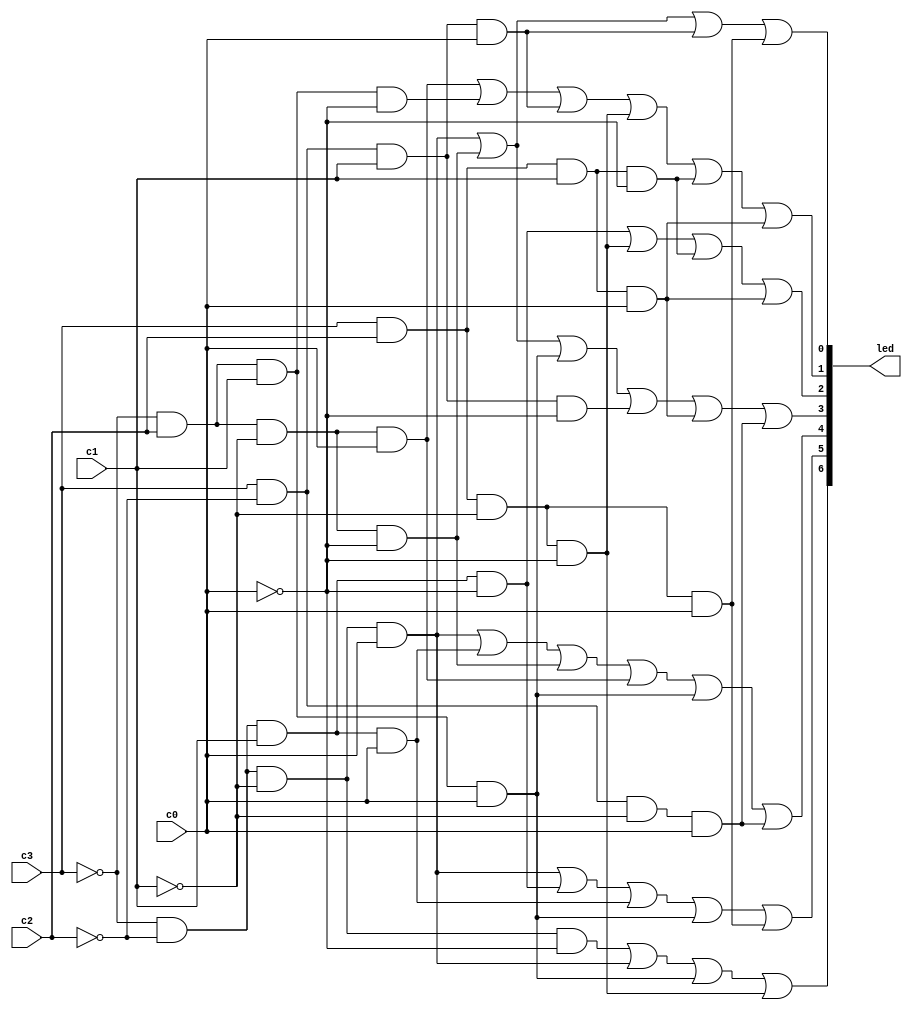
`timescale 1ns / 1ns // `timescale time_unit/time_precision
module seg7(input c3, c2, c1, c0, output [6:0]led);
	assign led[0] = (~c3&~c2&~c1&c0)|(~c3&c2&~c1&~c0)|(c3&~c2&c1&c0)|(c3&c2&~c1&c0);
	assign led[1] = (~c3&c2&~c1&c0)|(~c3&c2&c1&~c0)|(c3&~c2&c1&c0)|(c3&c2&~c1&~c0)|(c3&c2&c1&~c0)|(c3&c2&c1&c0);
	assign led[2] = (~c3&~c2&c1&~c0)|(c3&c2&~c1&~c0)|(c3&c2&c1&~c0)|(c3&c2&c1&c0);
	assign led[3] = (~c3&~c2&~c1&c0)|(~c3&c2&~c1&~c0)|(~c3&c2&c1&c0)|(c3&~c2&c1&~c0)|(c3&c2&c1&c0)|(c3&~c2&~c1&c0);
	assign led[4] = (~c3&~c2&~c1&c0)|(~c3&~c2&c1&c0)|(~c3&c2&~c1&~c0)|(~c3&c2&~c1&c0)|(~c3&c2&c1&c0)|(c3&~c2&~c1&c0);
	assign led[5] = (~c3&~c2&~c1&c0)|(~c3&~c2&c1&~c0)|(~c3&~c2&c1&c0)|(~c3&c2&c1&c0)|(c3&c2&~c1&c0);
	assign led[6] = (~c3&~c2&~c1&~c0)|(~c3&~c2&~c1&c0)|(~c3&c2&c1&c0)|(c3&c2&~c1&~c0);
endmodule